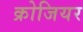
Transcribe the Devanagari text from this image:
क्रोजियर